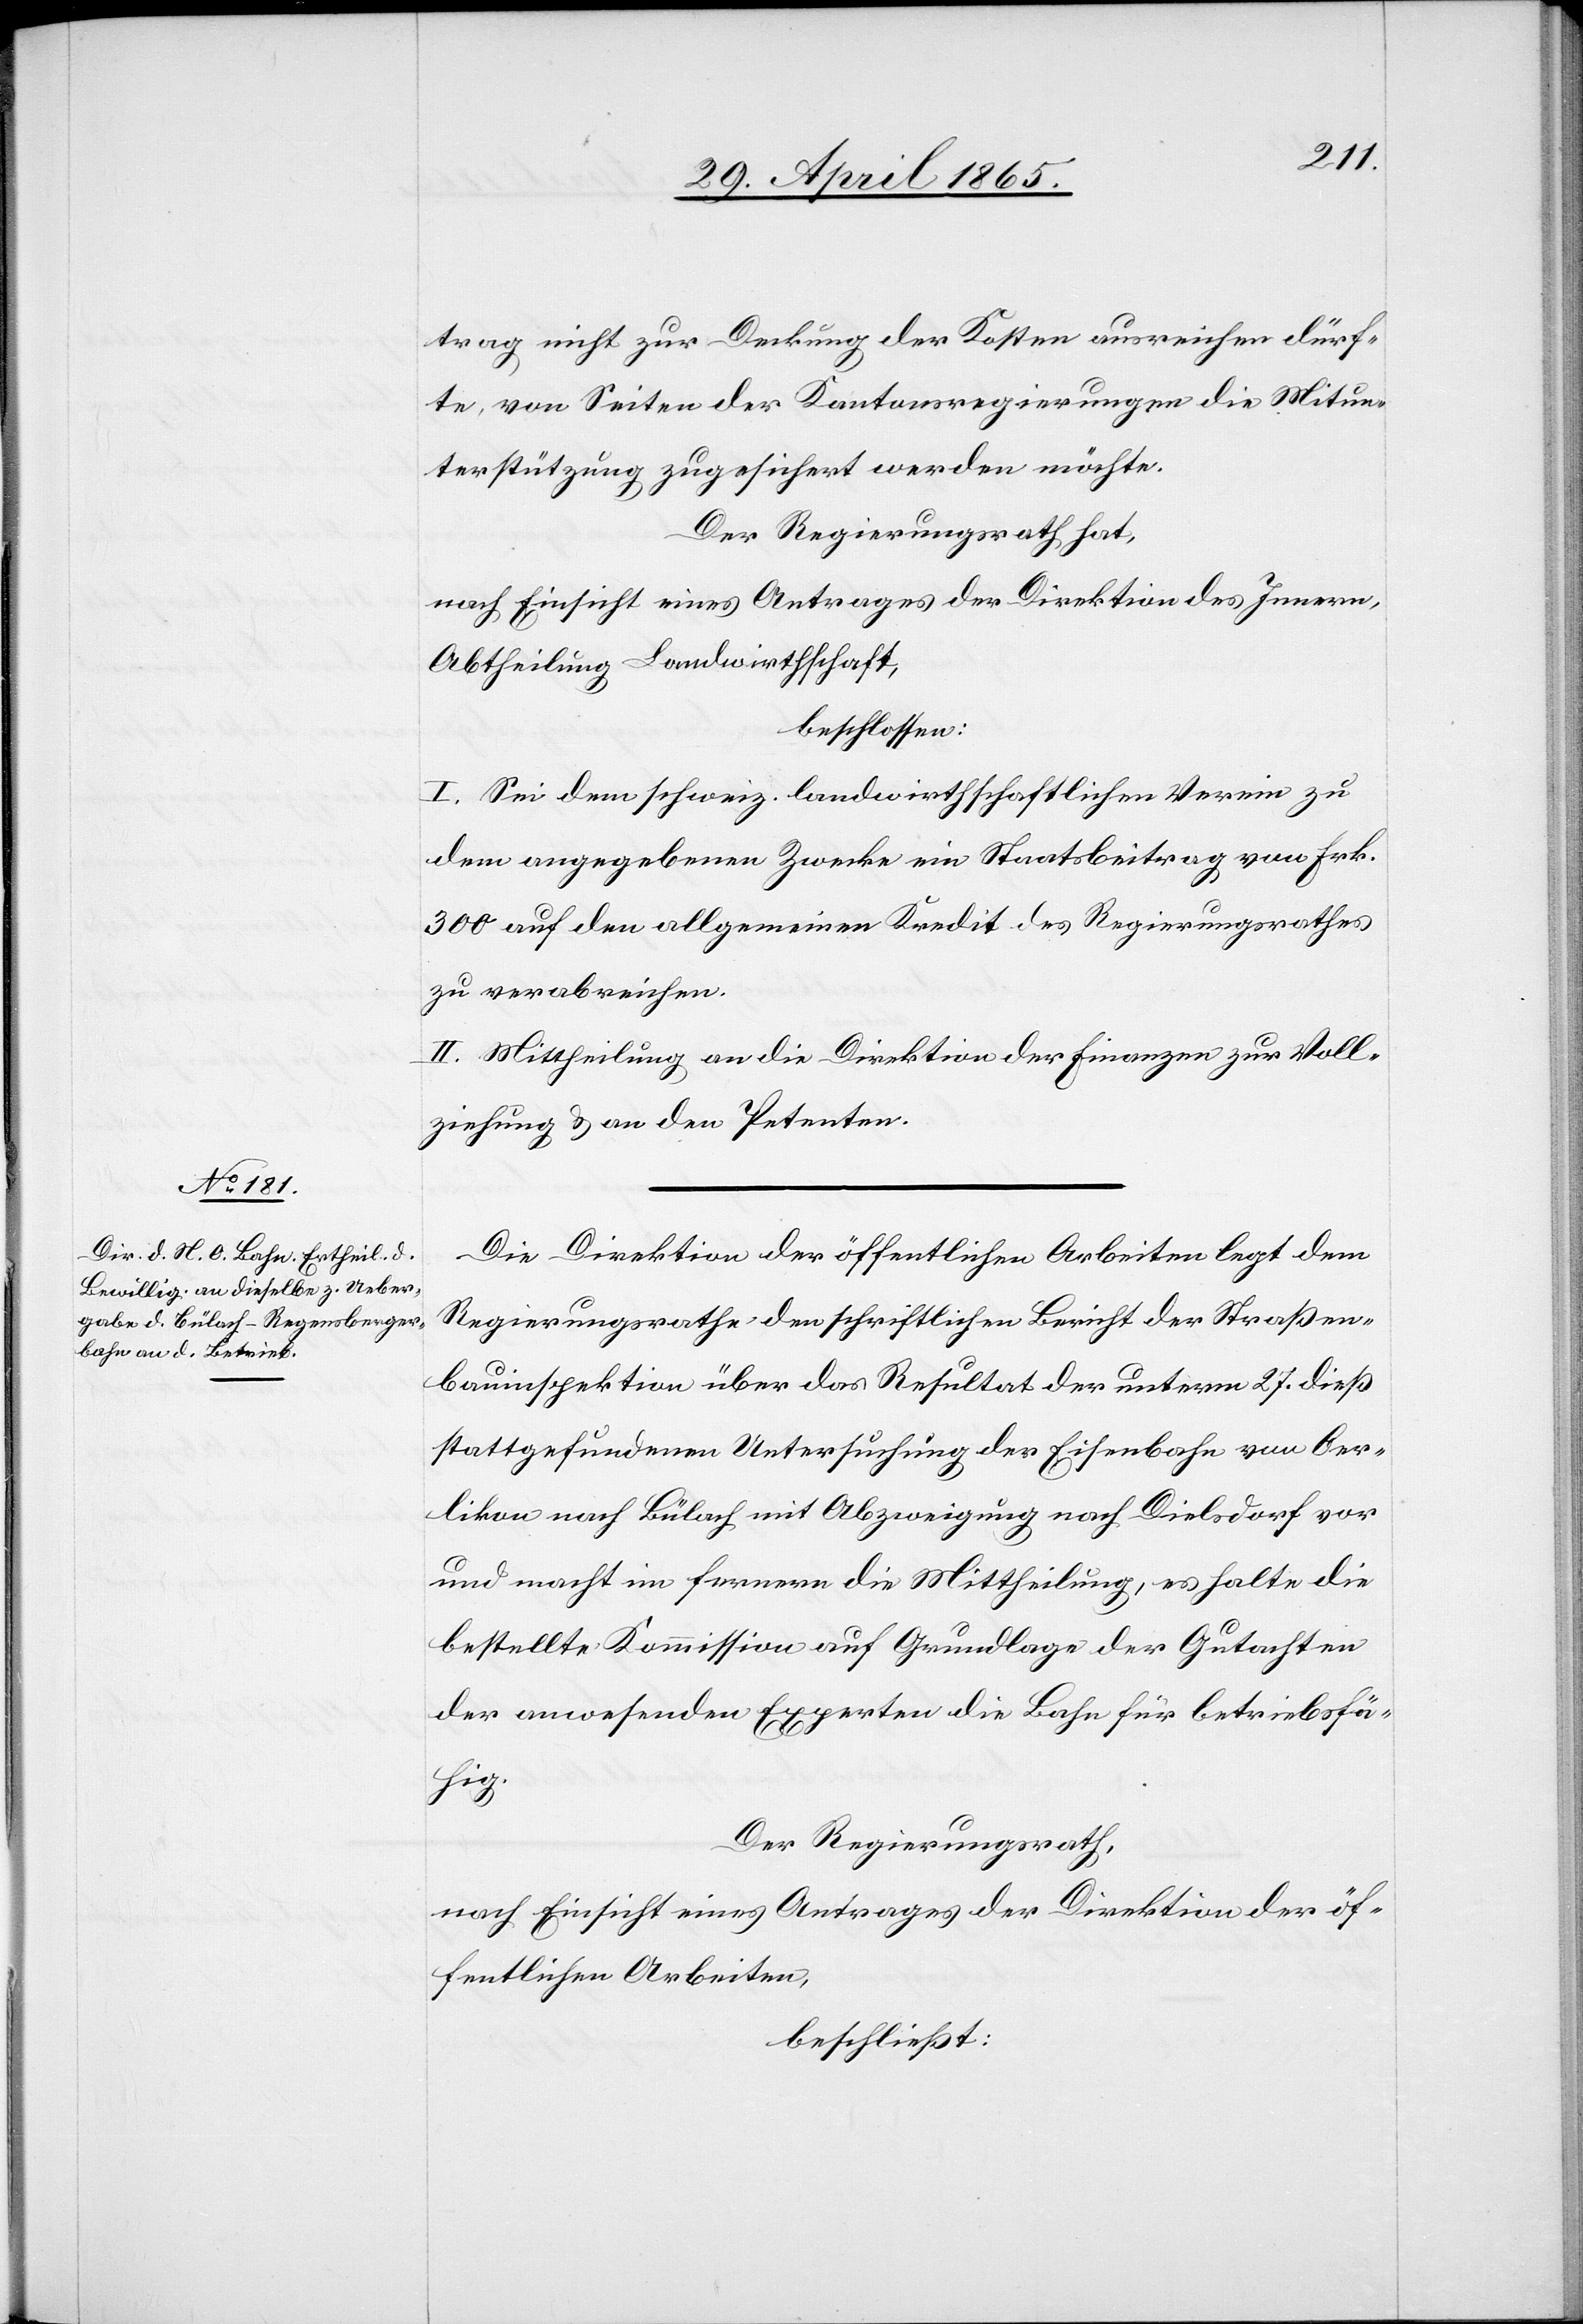
trag nicht zur Deckung der Kosten ausreichen dürf¬
te, von Seiten der Kantonsregierungen die Mitun¬
terstützung zugesichert werden möchte.
Der Regierungsrath hat,
nach Einsicht eines Antrages der Direktion des Innern,
Abtheilung Landwirthschaft,
beschlossen:
I. Sei dem schweiz. landwirthschaftlichen Verein zu
dem angegebenen Zwecke ein Staatsbeitrag von Frk.
300 auf den allgemeinen Kredit des Regierungsrathes
zu verabreichen.
II. Mittheilung an die Direktion der Finanzen zur Voll¬
ziehung & an den Petenten.
Die Direktion der öffentlichen Arbeiten legt dem
Regierungsrathe den schriftlichen Bericht der Straßen¬
bauinspektion über das Resultat der unterm 27. dieß
stattgefundenen Untersuchung der Eisenbahn von Oer¬
likon nach Bülach mit Abzweigung nach Dielsdorf vor
und macht im fernern die Mittheilung, es halte die
bestellte Kommission auf Grundlage der Gutachten
der anwesenden Experten die Bahn für betriebsfä¬
hig.
Der Regierungsrath,
nach Einsicht eines Antrages der Direktion der öf¬
fentlichen Arbeiten,
beschließt: